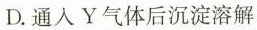
D.通入Y气体后沉淀溶解